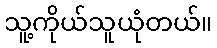
သူ့ကိုယ်သူယုံတယ်။